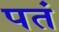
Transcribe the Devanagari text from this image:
पतं